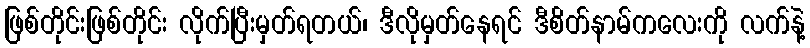
ဖြစ်တိုင်းဖြစ်တိုင်း လိုက်ပြီးမှတ်ရတယ်၊ ဒီလိုမှတ်နေရင် ဒီစိတ်နာမ်ကလေးကို လက်နဲ့